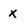
Character: x